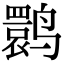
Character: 鹮